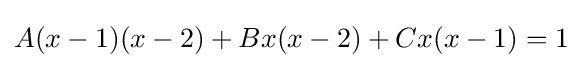
A(x-1)(x-2)+Bx(x-2)+Cx(x-1)=1